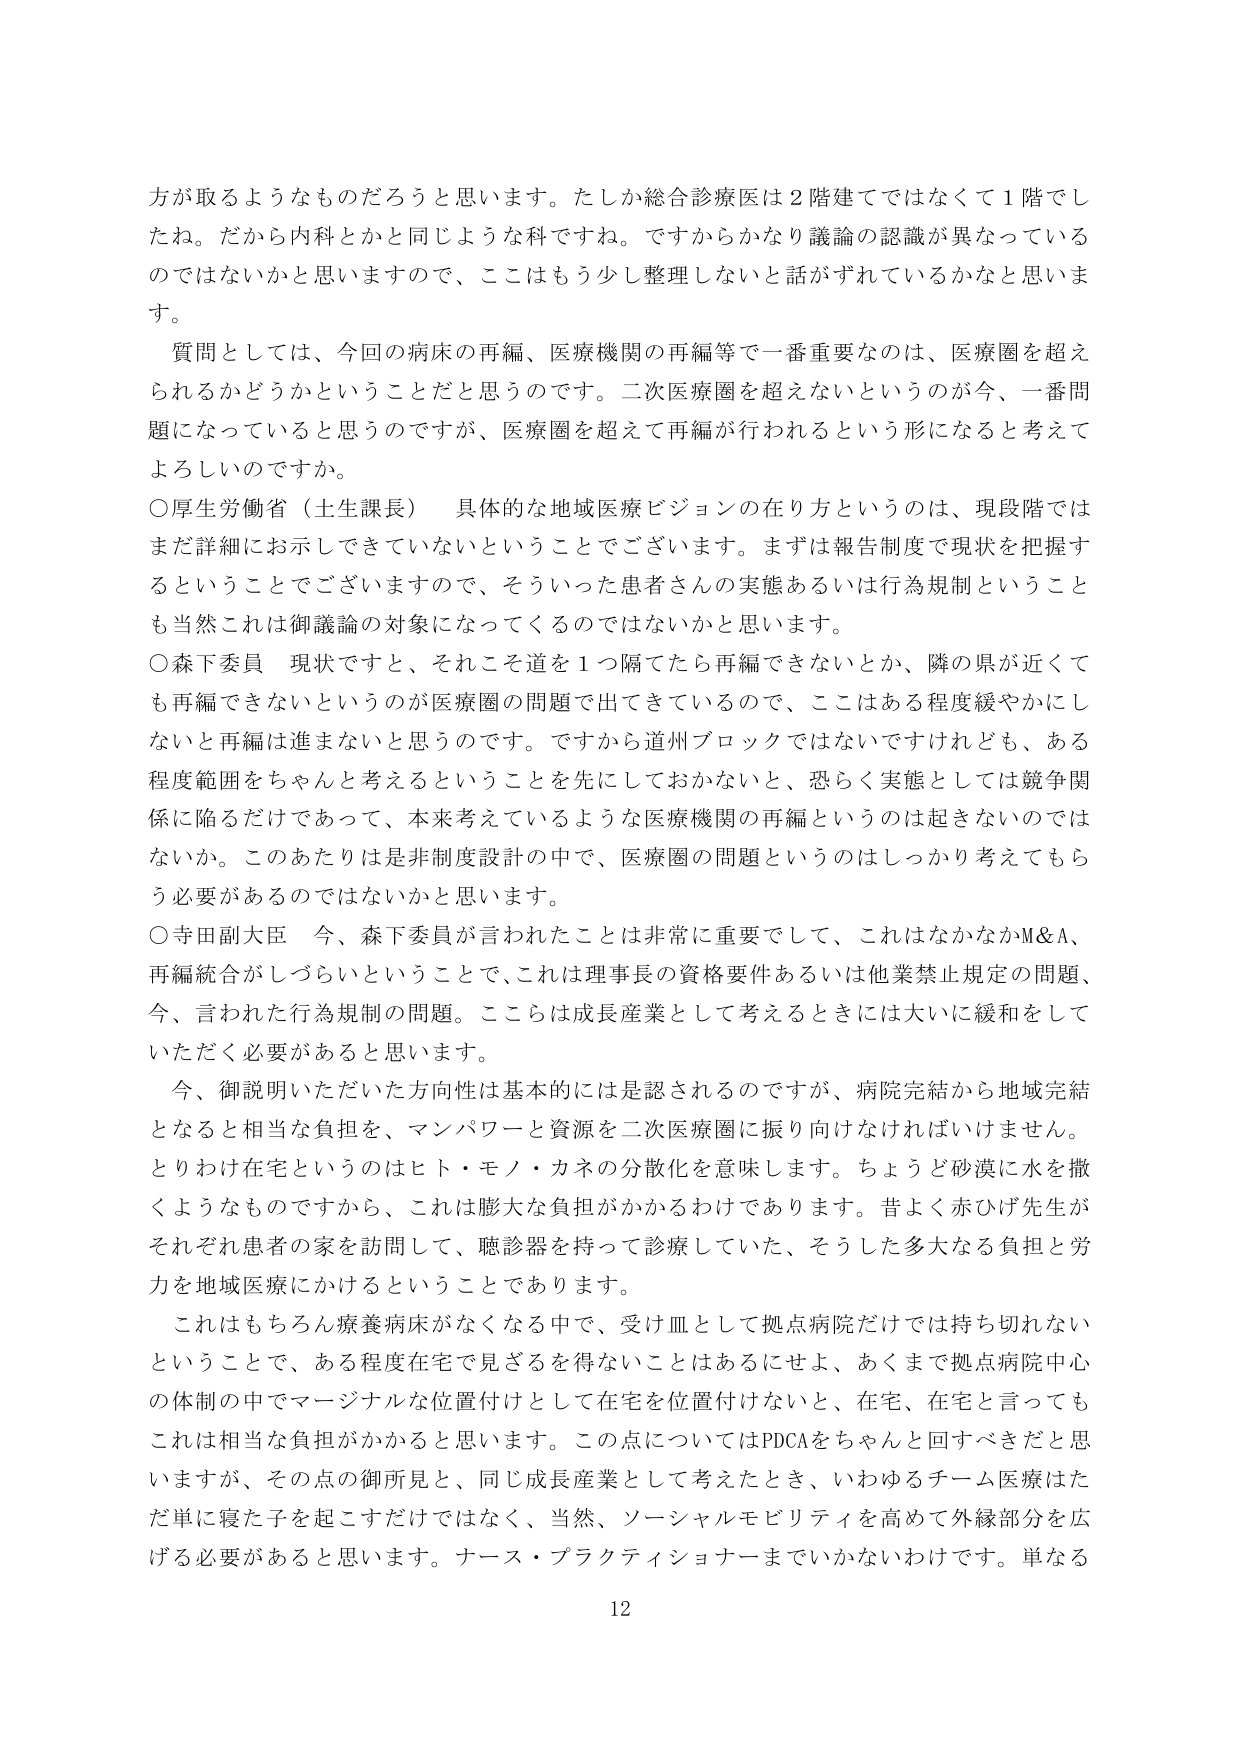
方が取るようなものだろうと思います。たしか総合診療医は２階建てではなくて１階でしたね。だから内科とかと同じような科ですね。ですからかなり議論の認識が異なっているのではないかと思いますので、ここはもう少し整理しないと話がずれているかなと思います。

質問としては、今回の病床の再編、医療機関の再編等で一番重要なのは、医療圏を超えられるかどうかということだと思うのです。二次医療圏を超ええないというのが今、一番問題になっていると思うのですが、医療圏を超えて再編が行われるという形になると考えてよろしいのですか。

○厚生労働省（土生課長） 具体的な地域医療ビジョンの在り方というのは、現段階ではまだ詳細にお示しできていないということでございます。まずは報告制度で現状を把握するということでございますので、そういった患者さんの実態あるいは行為規制ということも当然これは御議論の対象になってくるのではないかと思います。

○森下委員 現状ですと、それこそ道を１つ隔てたら再編できないとか、隣の県が近くても再編できないというのが医療圏の問題で出てきているので、ここはある程度緩やかにしないと再編は進まないと思うのです。ですから道州ブロックではないですけれども、ある程度範囲をちゃんとを考えるということを先にしておかないと、恐らく実態としては競争関係に陥るだけであって、本来考えているような医療機関の再編というのは起きないのではないか。このあたりは非制度設計の中で、医療圏の問題というのはしっかり考えてもらう必要があるのではないかと思います。

○寺田副大臣 今、森下委員が言われたことは非常に重要でして、これはなかなかM&A、再編統合がしづらいということで、これは理事長の資格要件あるいは他業禁止規定の問題、今、言われた行為規制の問題。ここらは成長産業として考えるときには大いに緩和をしていただく必要があると思います。

今、御説明いただいた方向性は基本的には是認されるのですが、病院完結から地域完結となると相当な負担を、マンパワーと資源を二次医療圏に振り向けなければいけません。とりわけ在宅というのはヒト・モノ・カネの分散化を意味します。ちょうど砂漠に水を撒くようなものですから、これは膨大な負担がかかるわけであります。昔よく赤ひげ先生がそれぞれ患者の家を訪問して、聴診器を持って診療していた、そうした多大なる負担と労力を地域医療にかけるということでありります。

これはもちろん療養病床がなくなる中で、受け皿として拠点病院だけでは持ち切れないということで、ある程度在宅で見ざるを得ないことはあるにせよ、あくまで拠点病院中心の体制の中でマージナルな位置付けとして在宅を位置付けないと、在宅、在宅と言ってもこれは相当な負担がかかると思います。この点についてはPDCAをちゃんと回すべきだと思いますが、その点の御所見と、同じ成長産業として考えたとき、いわゆるチーム医療はただ単に寝た子を起こすだけではなく、当然、ソーシャルモビリティを高めて外縁部分を広げる必要があると思います。ナース・プラクティショナーまでいかないわけです。単なる

12